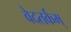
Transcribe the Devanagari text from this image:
वेदतर्कम्